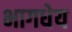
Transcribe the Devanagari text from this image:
भागधेय